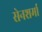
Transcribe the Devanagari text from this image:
सेनशर्मा